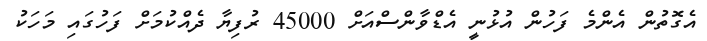
އެގޮތުން އެންމެ ފަހުން އުޅުނީ އެޑްވާންސްއަށް 45000 ރުފިޔާ ދެއްކުމަށް ފަހުގައި މަހަކު